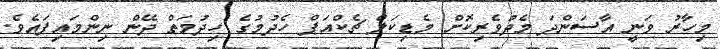
މިހާރު ވަނީ އާސަންދަ މެދުވެރިކޮށް މެޑިކަލް ޗެކްއަޕް ހެދުމުގެ ހިދުމަތް ދޭން ނިންމައިފައެވެ.